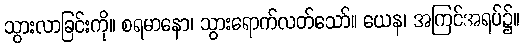
သွားလာခြင်းကို။ စရမာနော၊ သွားရောက်လတ်သော်။ ယေန၊ အကြင်အရပ်၌။